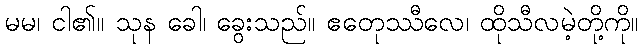
မမ၊ ငါ၏။ သုန ခေါ၊ ခွေးသည်။ ဧတေုဿီလေ၊ ထိုသီလမဲ့တို့ကို။